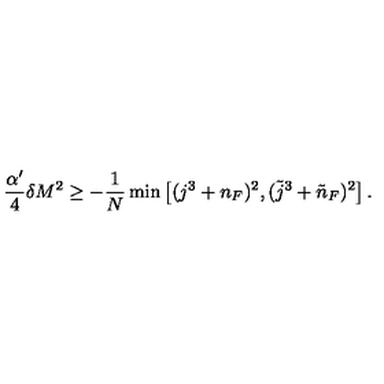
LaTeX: \frac { \alpha ^ { \prime } } 4 \delta M ^ { 2 } \ge - \frac 1 N \min \left[ ( j ^ { 3 } + n _ { F } ) ^ { 2 } , ( \tilde { j } ^ { 3 } + \tilde { n } _ { F } ) ^ { 2 } \right] .